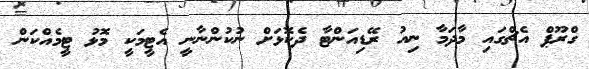
ގްރޫޕް އެޗްގައި މާދަމާ ނިއު ރޭޑިއަންޓާ ދެކޮޅަށް ނުކުންނާނީ އެޓީމަކީ މޮޅު ޓީމެއްކަން